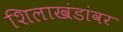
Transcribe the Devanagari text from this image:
शिलाखंडांवर